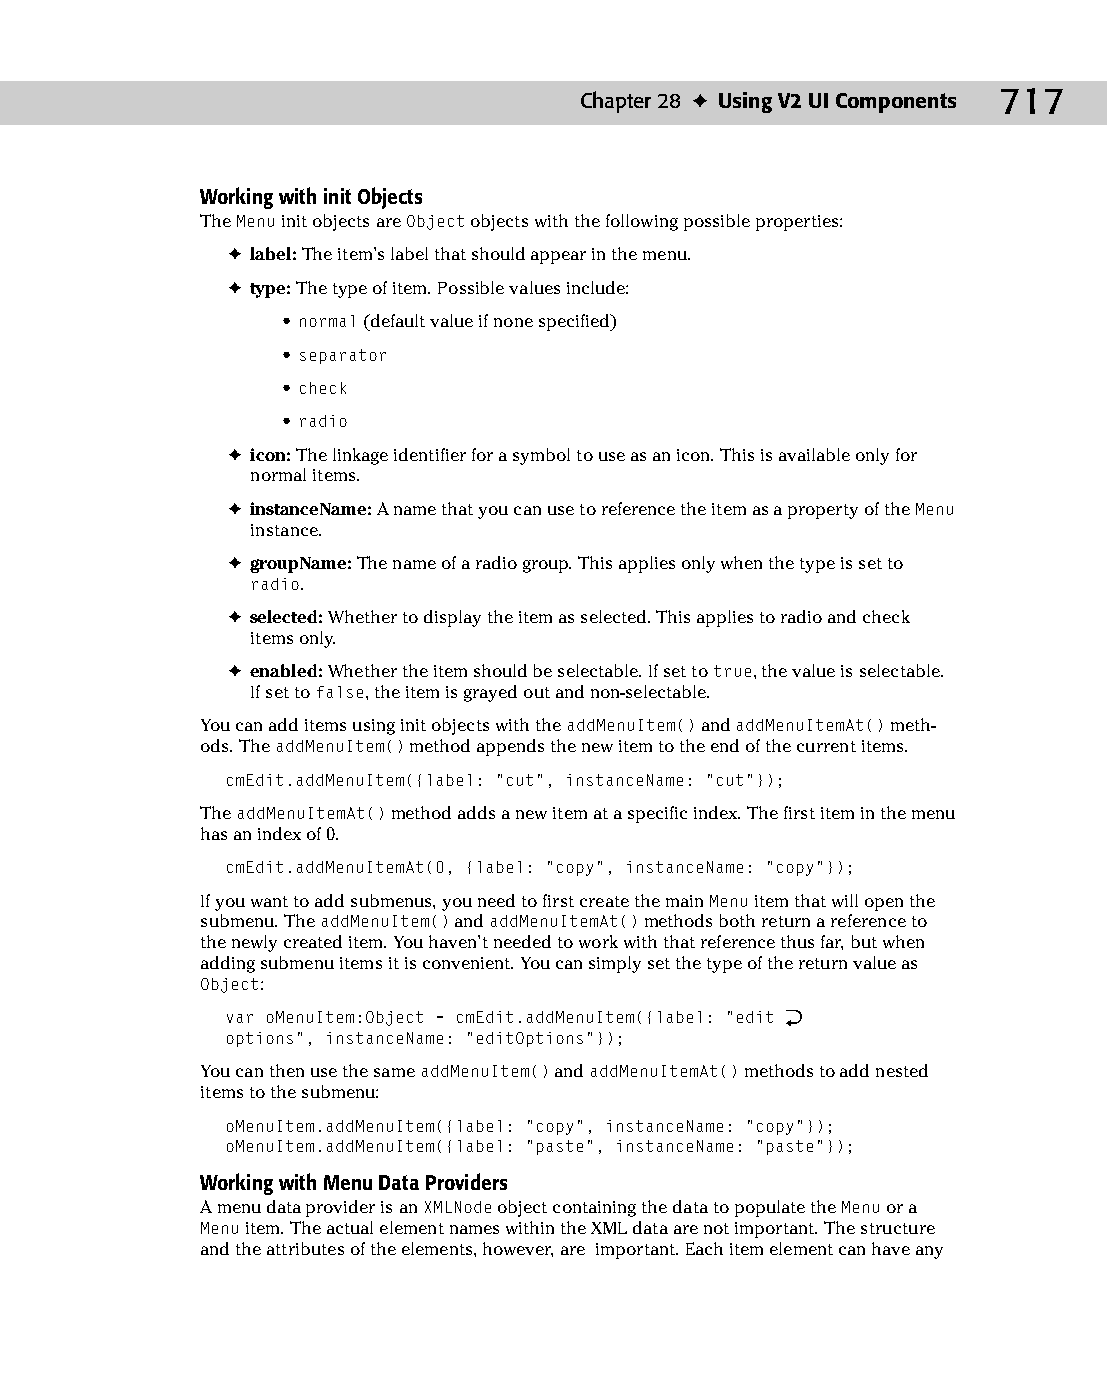
37 543547 ch28.qxd 3/24/04 4:08 PM Page 717
 Chapter 28 ✦ Using V2 UI Components 717
 Working with init Objects
 The Menu init objects are Object objects with the following possible properties:
 ✦ label: The item’s label that should appear in the menu.
 ✦ type: The type of item. Possible values include:
 • normal (default value if none specified)
 • separator
 • check
 • radio
 ✦ icon: The linkage identifier for a symbol to use as an icon. This is available only for
 normal items.
 ✦ instanceName: A name that you can use to reference the item as a property of the Menu
 instance.
 ✦ groupName: The name of a radio group. This applies only when the type is set to
 radio.
 ✦ selected: Whether to display the item as selected. This applies to radio and check
 items only.
 ✦ enabled: Whether the item should be selectable. If set to true, the value is selectable.
 If set to false, the item is grayed out and non-selectable.
 You can add items using init objects with the addMenuItem() and addMenuItemAt() meth­
 ods. The addMenuItem() method appends the new item to the end of the current items.
 cmEdit.addMenuItem({label: “cut”, instanceName: “cut”});
 The addMenuItemAt() method adds a new item at a specific index. The first item in the menu
 has an index of 0.
 cmEdit.addMenuItemAt(0, {label: “copy”, instanceName: “copy”});
 If you want to add submenus, you need to first create the main Menu item that will open the
 submenu. The addMenuItem() and addMenuItemAt() methods both return a reference to
 the newly created item. You haven’t needed to work with that reference thus far, but when
 adding submenu items it is convenient. You can simply set the type of the return value as
 Object:
 var oMenuItem:Object = cmEdit.addMenuItem({label: “edit Æ
 options”, instanceName: “editOptions”});
 You can then use the same addMenuItem() and addMenuItemAt() methods to add nested
 items to the submenu:
 oMenuItem.addMenuItem({label: “copy”, instanceName: “copy”});
 oMenuItem.addMenuItem({label: “paste”, instanceName: “paste”});
 Working with Menu Data Providers
 A menu data provider is an XMLNode object containing the data to populate the Menu or a
 Menu item. The actual element names within the XML data are not important. The structure
 and the attributes of the elements, however, are important. Each item element can have any